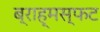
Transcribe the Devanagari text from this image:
ब्राह्मस्फट